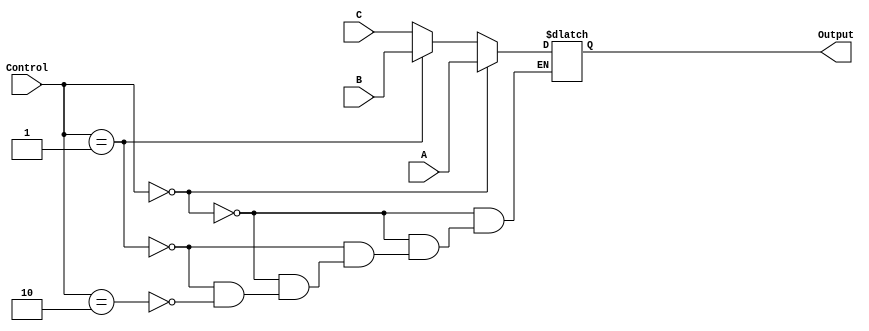
module ThreeInputMux(Output, A, B, C, Control);
    
    input [31:0] A;
    input [31:0] B;
    input [31:0] C;
    input [1:0] Control;
    
    output reg [31:0] Output;
    
    always @(*) begin
    if(Control == 2'b00) begin
        Output = A;
    end
    else if(Control == 2'b01) begin
        Output = B;
    end
    else if(Control == 2'b10) begin
        Output = C;
    end
    
    
    
    end
    

endmodule